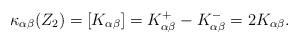
LaTeX: \begin{align*}\kappa_{\alpha\beta}(Z_2) = [K_{\alpha\beta}] = K^+_{\alpha\beta} - K^-_{\alpha\beta} = 2 K_{\alpha\beta}.\end{align*}